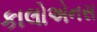
કાલોએનસ